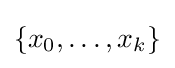
\{x_{0},\ldots ,x_{k}\}